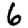
Digit: 6